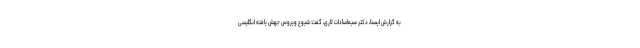
به گزارش ایسنا، دکتر سیماسادات لاری، گفت: شیوع ویروس جهش یافته انگلیسی